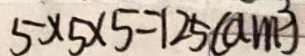
5 \times 5 \times 5 = 1 2 5 ( a m ^ { 3 } )